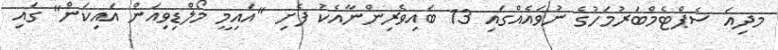
މދިއަ ސެޕްޓެމްބަރުމަހުގެ ނުވައެއްގައި 13 ބައިވެރިންނާއެކު ފެށި "އައިމީ މޯލްޑިވިއަން އައިކަން" ގައި